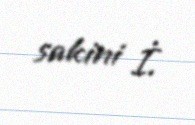
sakini İ.